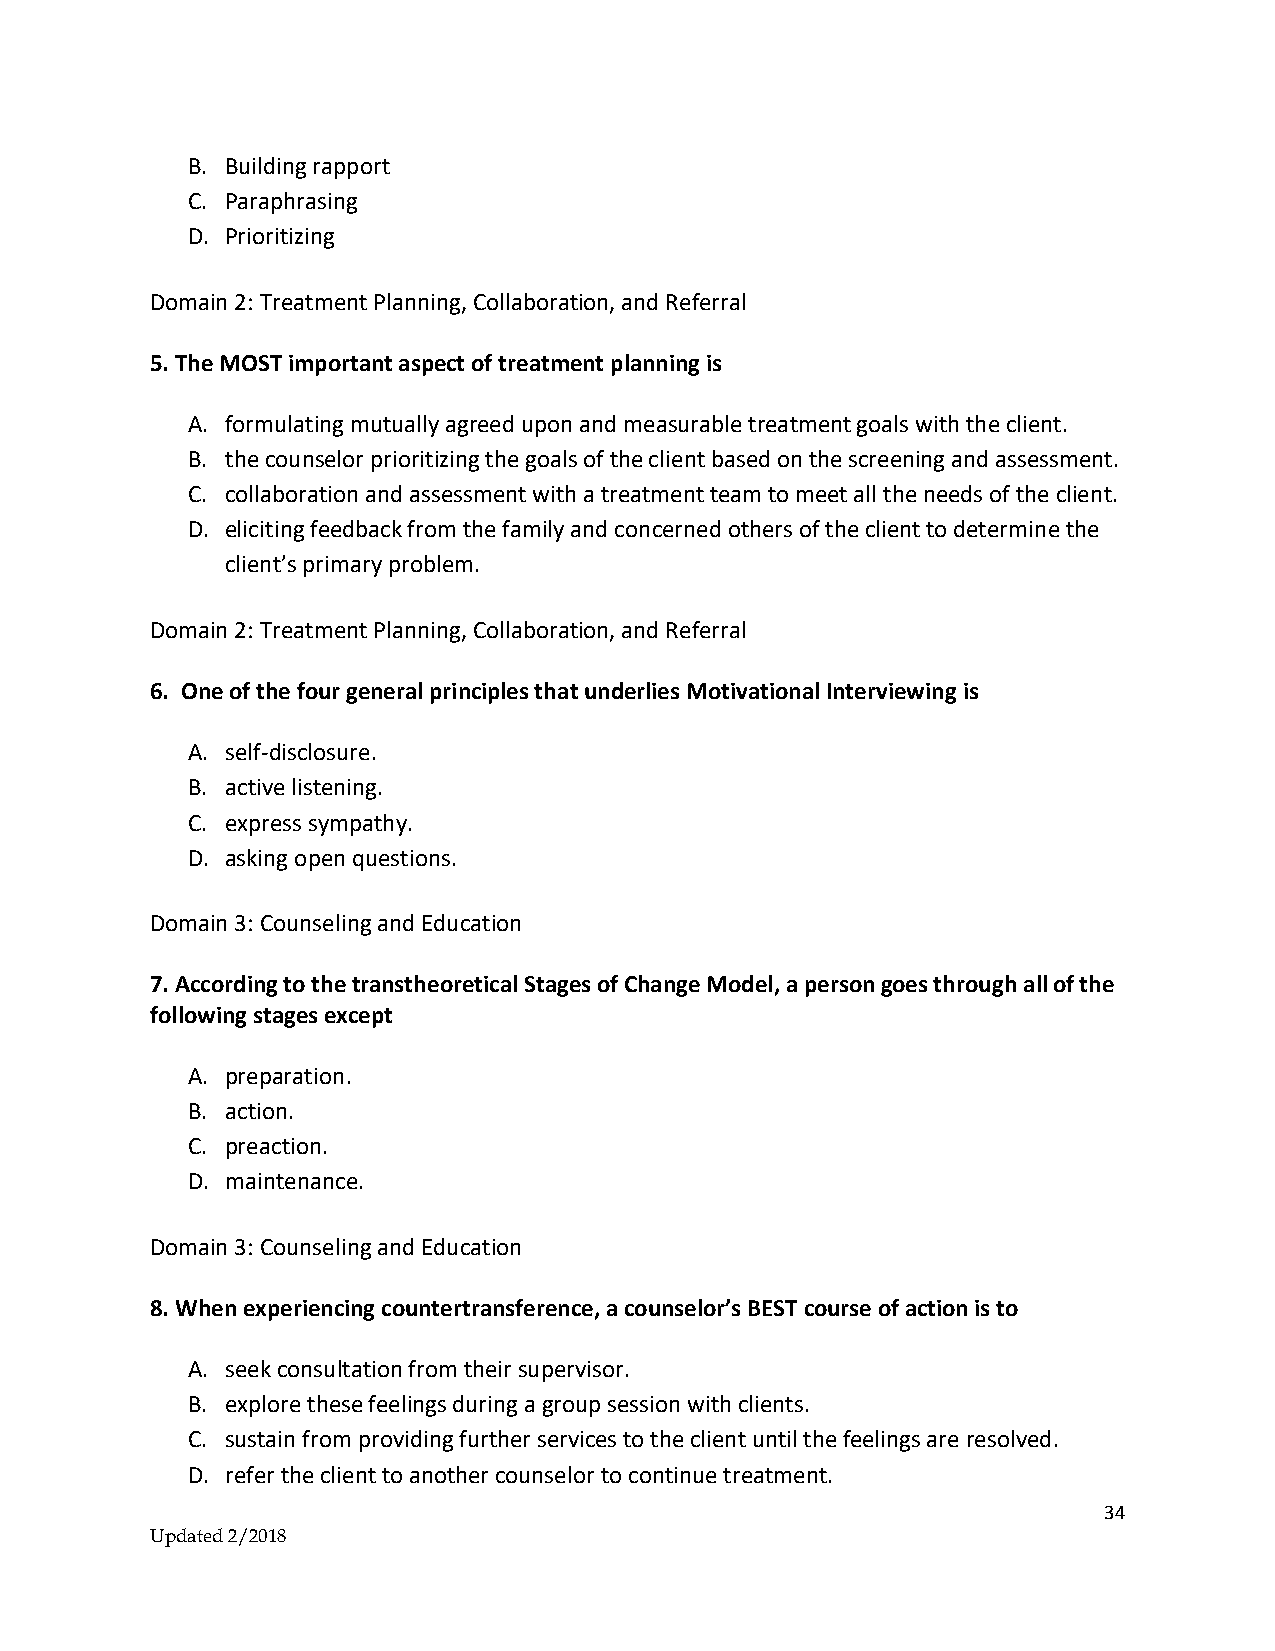
B. Building rapport
 C. Paraphrasing
 D. Prioritizing
 Domain 2: Treatment Planning, Collaboration, and Referral
 5. The MOST important aspect of treatment planning is
 A. formulating mutually agreed upon and measurable treatment goals with the client.
 B. the counselor prioritizing the goals of the client based on the screening and assessment.
 C. collaboration and assessment with a treatment team to meet all the needs of the client.
 D. eliciting feedback from the family and concerned others of the client to determine the
 client’s primary problem.
 Domain 2: Treatment Planning, Collaboration, and Referral
 6. One of the four general principles that underlies Motivational Interviewing is
 A. self-disclosure.
 B. active listening.
 C. express sympathy.
 D. asking open questions.
 Domain 3: Counseling and Education
 7. According to the transtheoretical Stages of Change Model, a person goes through all of the
 following stages except
 A. preparation.
 B. action.
 C. preaction.
 D. maintenance.
 Domain 3: Counseling and Education
 8. When experiencing countertransference, a counselor’s BEST course of action is to
 A. seek consultation from their supervisor.
 B. explore these feelings during a group session with clients.
 C. sustain from providing further services to the client until the feelings are resolved.
 D. refer the client to another counselor to continue treatment.
 34
 Updated 2/2018